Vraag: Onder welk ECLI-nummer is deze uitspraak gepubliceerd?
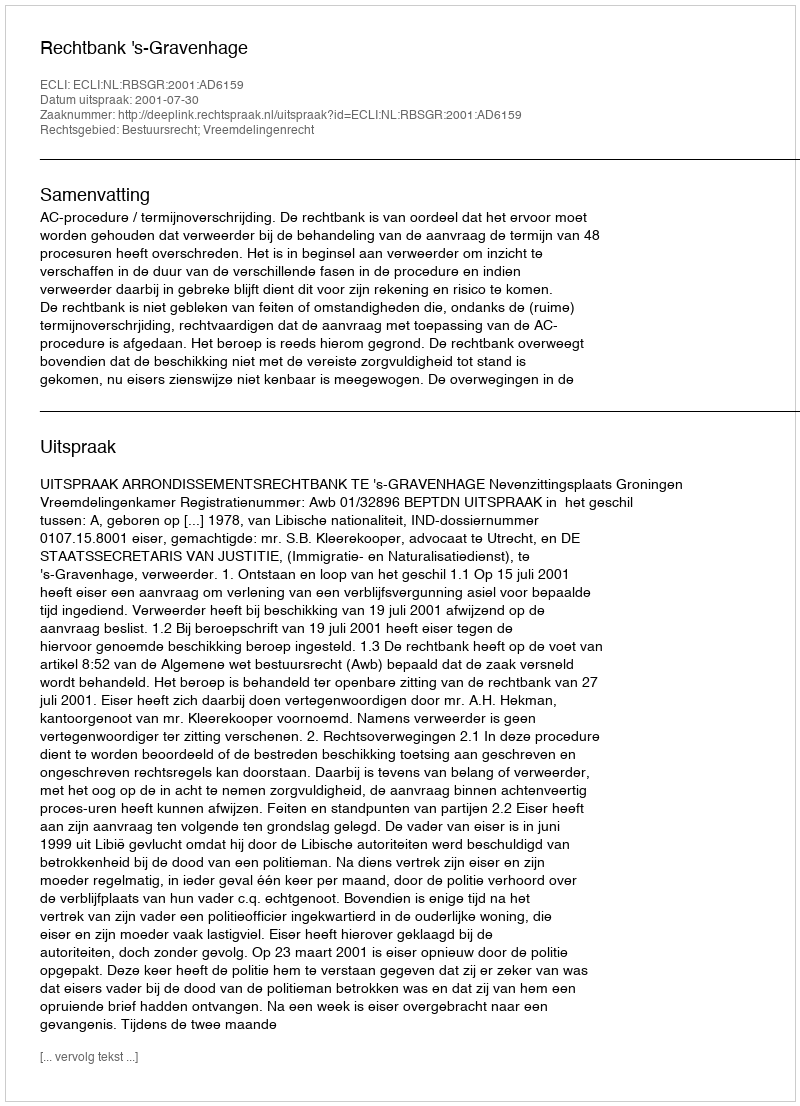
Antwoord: ECLI:NL:RBSGR:2001:AD6159